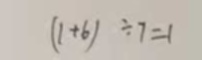
( 1 + 6 ) \div 7 = 1